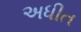
અધીત